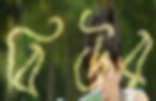
বিউর